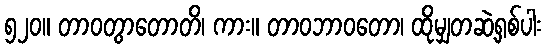
၅၂၀။ တာဝတွာတောတိ၊ ကား။ တာဝဘာဝတော၊ ထိုမျှတဆဲ့ရှစ်ပါး